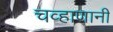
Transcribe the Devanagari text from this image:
चव्हाणानी